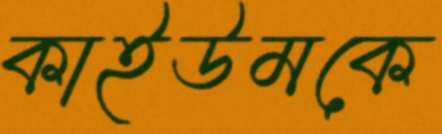
কাইউমকে